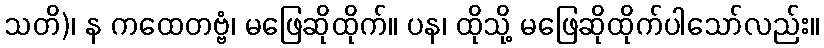
သတိ)၊ န ကထေတဗ္ဗံ၊ မဖြေဆိုထိုက်။ ပန၊ ထိုသို့ မဖြေဆိုထိုက်ပါသော်လည်း။